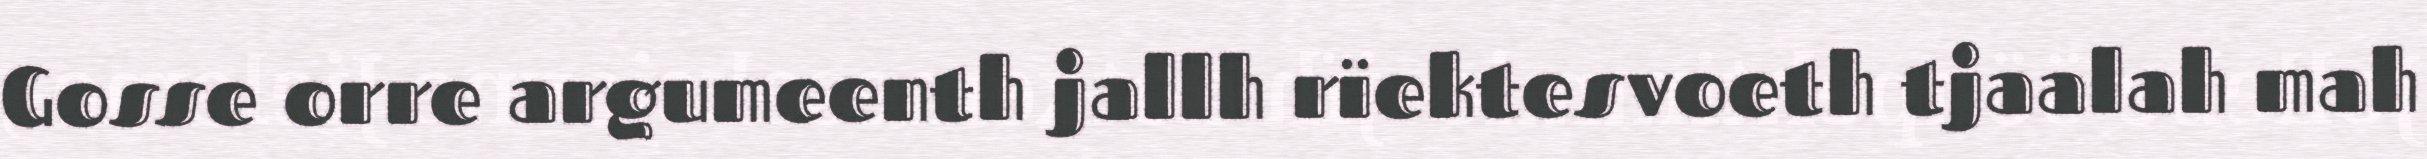
Gosse orre argumeenth jallh rïektesvoeth tjaalah mah